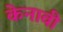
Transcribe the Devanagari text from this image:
केनावी